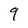
Character: 9